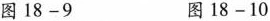
图18-9 图18-10